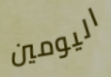
اليومين